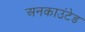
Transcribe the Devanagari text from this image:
अनकाउंटेड